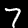
Label: 7